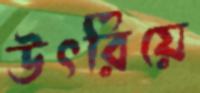
উৎরিয়ে